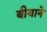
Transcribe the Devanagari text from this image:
बीयाने